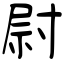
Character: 尉